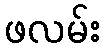
ဖလမ်း